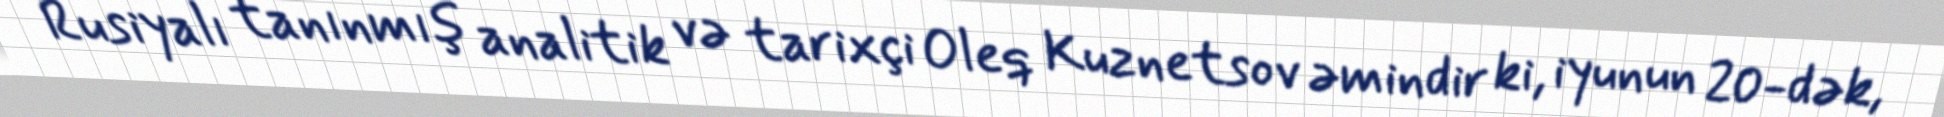
Rusiyalı tanınmış analitik və tarixçi Oleq Kuznetsov əmindir ki, iyunun 20-dək,